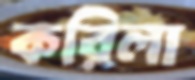
করিলা